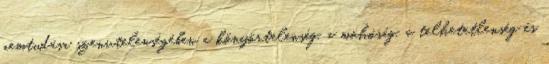
nemtudása szenvtelenségében a könyörtelenség, a mohóság, a telhetetlenség és